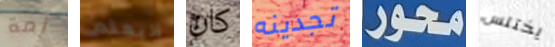
أمة لايعلم كان تجدينه محور يختلس